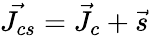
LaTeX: \vec{J_{cs}}=\vec{J_{c}}+\vec{s}